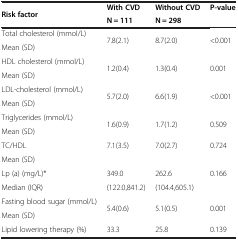
<table><thead><tr><td rowspan="2"><b>Risk factor</b></td><td><b>With CVD</b></td><td><b>Without CVD</b></td><td rowspan="2"><b>P-value</b></td></tr><tr><td><b>N = 111</b></td><td><b>N = 298</b></td></tr></thead><tbody><tr><td>Total cholesterol (mmol/L)</td><td rowspan="2">7.8(2.1)</td><td rowspan="2">8.7(2.0)</td><td rowspan="2">&lt;0.001</td></tr><tr><td>Mean (SD)</td></tr><tr><td>HDL cholesterol (mmol/L)</td><td rowspan="2">1.2(0.4)</td><td rowspan="2">1.3(0.4)</td><td rowspan="2">0.001</td></tr><tr><td>Mean (SD)</td></tr><tr><td>LDL-cholesterol (mmol/L)</td><td rowspan="2">5.7(2.0)</td><td rowspan="2">6.6(1.9)</td><td rowspan="2">&lt;0.001</td></tr><tr><td>Mean (SD)</td></tr><tr><td>Triglycerides (mmol/L)</td><td rowspan="2">1.6(0.9)</td><td rowspan="2">1.7(1.2)</td><td rowspan="2">0.509</td></tr><tr><td>Mean (SD)</td></tr><tr><td>TC/HDL</td><td>7.1(3.5)</td><td>7.0(2.7)</td><td>0.724</td></tr><tr><td>Mean (SD)</td><td> </td><td> </td><td> </td></tr><tr><td>Lp (a) (mg/L)*</td><td>349.0</td><td>262.6</td><td>0.166</td></tr><tr><td>Median (IQR)</td><td>(122.0,841.2)</td><td>(104.4,605.1)</td><td> </td></tr><tr><td>Fasting blood sugar (mmol/L)</td><td rowspan="2">5.4(0.6)</td><td rowspan="2">5.1(0.5)</td><td rowspan="2">0.001</td></tr><tr><td>Mean (SD)</td></tr><tr><td>Lipid lowering therapy (%)</td><td>33.3</td><td>25.8</td><td>0.139</td></tr></tbody></table>